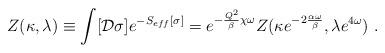
LaTeX: \begin{align*}Z(\kappa , \lambda) \equiv \int [{\cal D} \sigma] e^{-S_{eff} [\sigma]} =e^{- {Q^2 \over \beta} \chi \omega} Z(\kappa e^{- 2 {\alpha\omega\over\beta}},\lambda e^{4\omega}) \ .\end{align*}